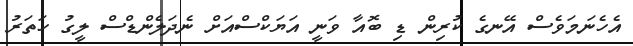
އެހެނަމަވެސް އޭނގެ ކުރިން ޑި ބޮއާ ވަނީ އަޔަކްސްއަށް ނެދަލެންޑްސް ލީގު ހަތަރު